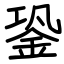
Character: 銎